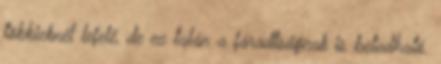
többieknél lefelé, de ez talán a fáradtságnak is betudható.